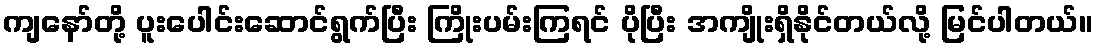
ကျနော်တို့ ပူးပေါင်းဆောင်ရွက်ပြီး ကြိုးပမ်းကြရင် ပိုပြီး အကျိုးရှိနိုင်တယ်လို့ မြင်ပါတယ်။